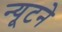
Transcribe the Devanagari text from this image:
न्यूटने